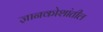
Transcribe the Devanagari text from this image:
ज्ञानकोशांतील